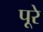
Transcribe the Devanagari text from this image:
पूरे